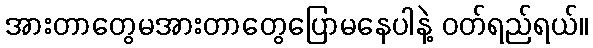
အားတာတွေမအားတာတွေပြောမနေပါနဲ့ ဝတ်ရည်ရယ်။